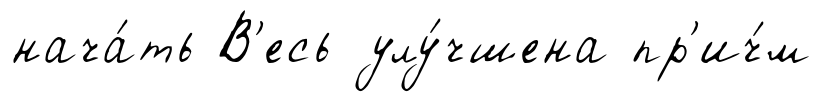
нача́ть В'есь улу́чшена пр'ич́м